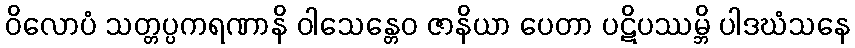
ဝိလောပံ သတ္တပ္ပကရဏာနိ ဝါသေန္တေဝ ဇာနိယာ ပေတာ ပဋိပဿမ္ဘိ ပါဒဃံသနေ